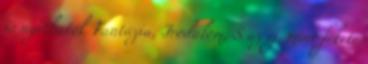
is nyithatók Fantázia, Irodalom, S az éj, mint fekete